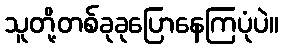
သူတို့တစ်ခုခုပြောနေကြပုံပဲ။